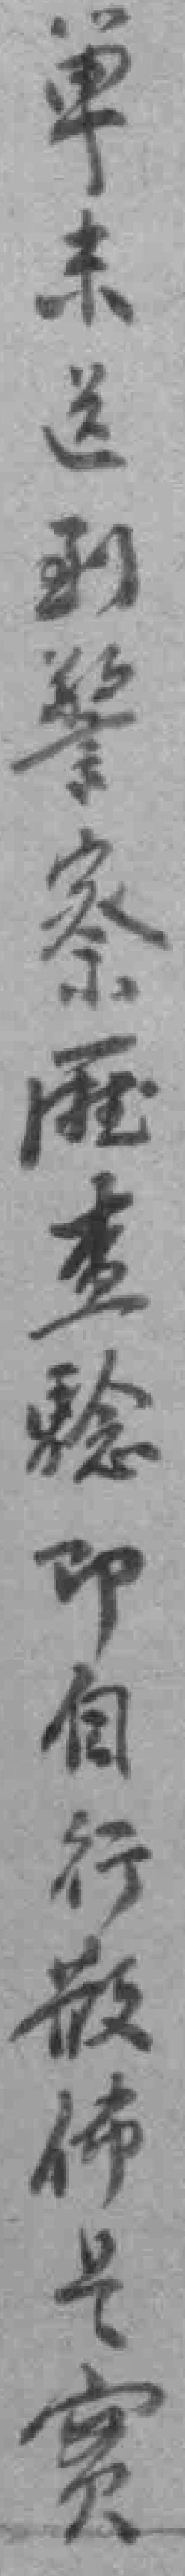
单未送到警察廰查騐印自行散佈是實